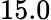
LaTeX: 15.0